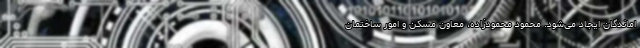
اماندگان ایجاد می‌شود. محمود محمودزاده، معاون مسکن و امور ساختمان